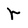
Character: r